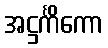
အဋ္ဌင်္ကိကော